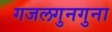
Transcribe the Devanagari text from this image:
गजलगुनगुना